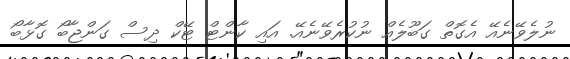
ނުލެވޭނެއޭ އެގޮތް ގަބޫލެއް ނުކުރެވޭނެއޭ. އައި ކާންޓް ޓޭކް ދިސް ގަންޖާބޯ ގޮޅާބޯ